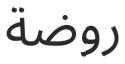
روضة